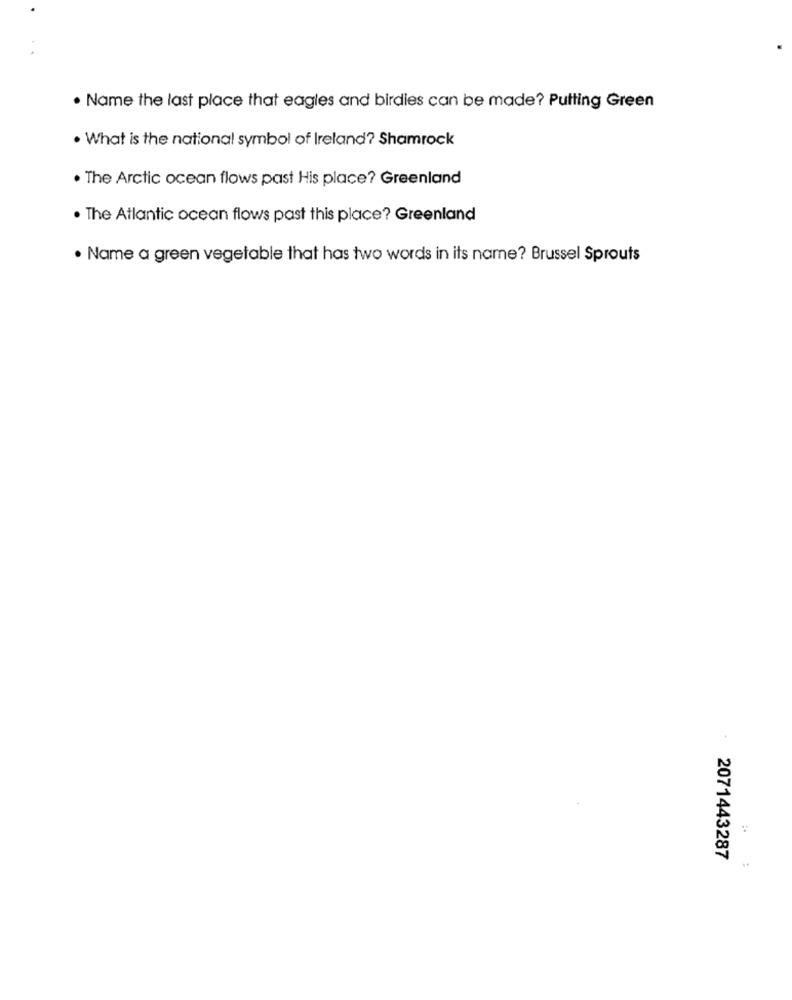
. Name the last place that eagles and birdies can be made? Putting Green
. What is the national symbol of Ireland? Shamrock
. The Arctic ocean flows past His place? Greenland
. The Atlantic ocean flows past this place? Greenland
. Name a green vegetable that has two words in its name? Brussel Sprouts
2071443287
..